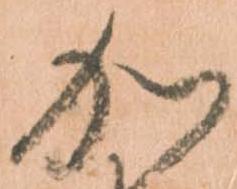
加